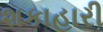
શકાહારી